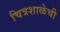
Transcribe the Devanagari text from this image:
चित्रशाळेची